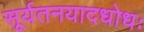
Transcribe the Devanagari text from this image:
सूर्यतनयादधोधः